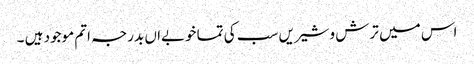
اس میں ترش وشیریں سب کی تما خوبےاں بدرجہ اتم موجود ہیں ۔